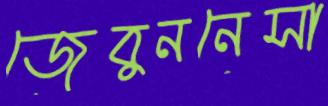
জেবুননেসা